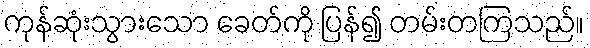
ကုန်ဆုံးသွားသော ခေတ်ကို ပြန်၍ တမ်းတကြသည်။